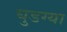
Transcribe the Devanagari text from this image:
घुडग्या